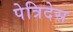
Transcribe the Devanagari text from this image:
पेत्रिदेस